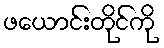
ဖယောင်းတိုင်ကို